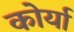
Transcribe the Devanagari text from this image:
कोर्या